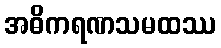
အဓိကရဏသမထဿ